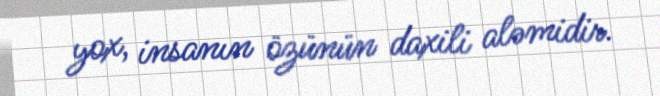
yox, insanın özünün daxili aləmidir.